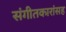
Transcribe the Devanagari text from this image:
संगीतकारांसह